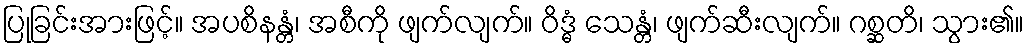
ပြုခြင်းအားဖြင့်။ အပစိနန္တံ၊ အစီကို ဖျက်လျက်။ ဝိဒ္ဓံ သေန္တံ၊ ဖျက်ဆီးလျက်။ ဂစ္ဆတိ၊ သွား၏။